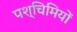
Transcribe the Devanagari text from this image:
पश्चिमियों